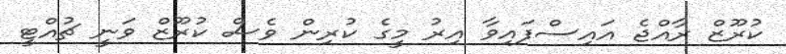
ކުރޫޒް ރާއްޖެ އައިސްފައިވާ އިރު މީގެ ކުރިން ވެސް ކުރޫޒް ވަނީ ޗުއްޓީ